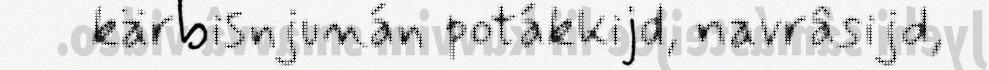
kärbisnjunán potákkijd, navrâsijd,